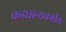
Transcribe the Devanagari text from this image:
कडधान्यवर्गीय